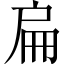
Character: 扁